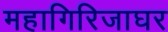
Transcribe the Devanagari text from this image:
महागिरिजाघर